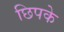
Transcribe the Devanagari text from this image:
छिपके